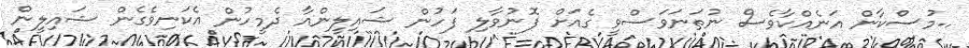
..މުސްކާން އަނެއްކާވެސް ނުތަނަވަސްވީ ގެއަށް ފޮނުވާލި ފަހުން ޝައިލީންއާ ދެމީހުން އެކަނިވެގެން ޝައިލީން